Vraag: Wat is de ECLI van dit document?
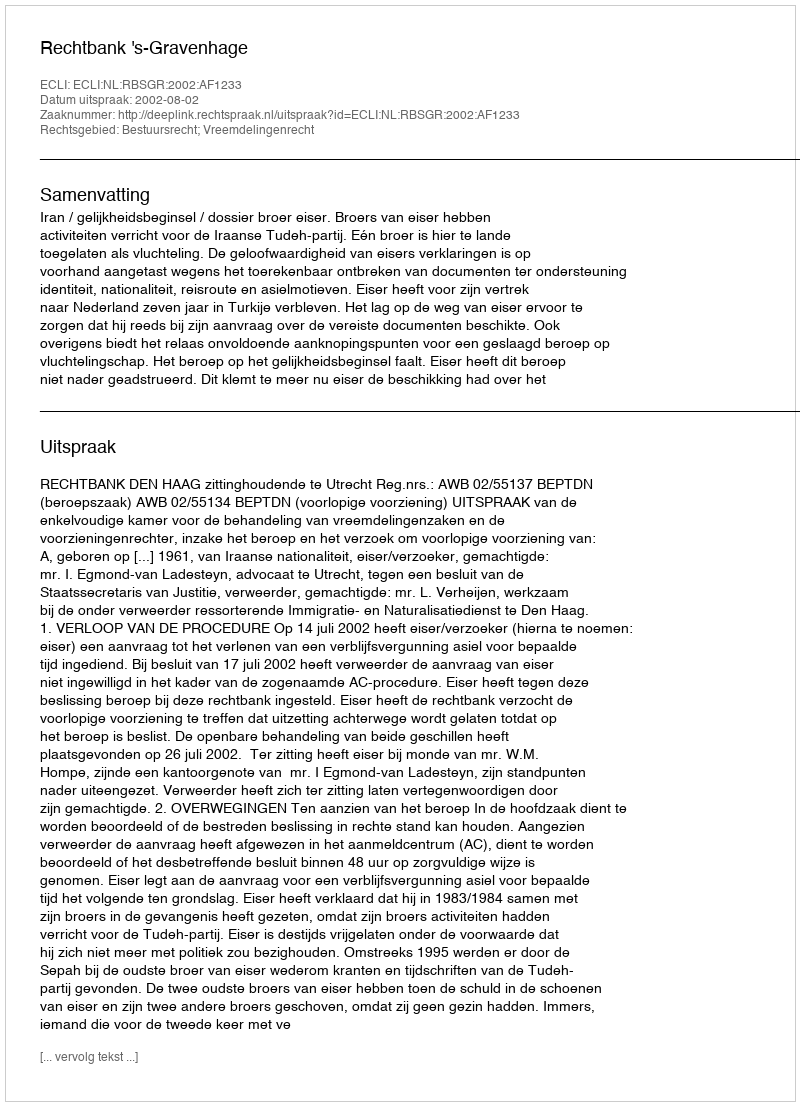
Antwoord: ECLI:NL:RBSGR:2002:AF1233